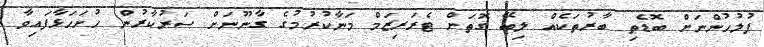
ފުލުހުންނަށް ބޮޑެތި ބާރުތަކެއް ލިބޭ ގޮތަށް ޓެރަރިޒަމް މަނާކުރުމުގެ ގާނޫނަށް ސަރުކާރުން ހުށަހަޅާފައިވާ